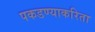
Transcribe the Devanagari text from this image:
पकडण्याकरिता